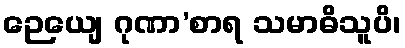
ဉေယျေ ဂုဏာ’စာရ သမာဓိသူပိ၊